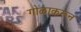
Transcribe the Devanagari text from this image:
गोळाकरून